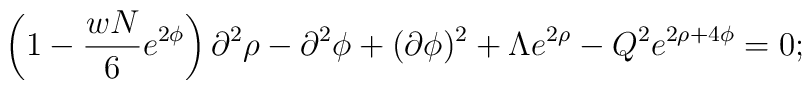
\left( 1 - \frac{wN}{6} e^{2\phi} \right) \partial^2 \rho -\partial^2 \phi + (\partial \phi)^2 + \Lambda e^{2\rho}- Q^2 e^{2\rho+4\phi} = 0;